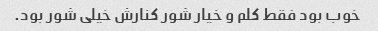
خوب بود فقط کلم و خیار شور کنارش خیلی شور بود.